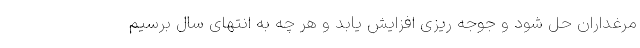
مرغداران حل شود و جوجه ریزی افزایش یابد و هر چه به انتهای سال برسیم